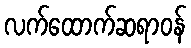
လက်ထောက်ဆရာဝန်